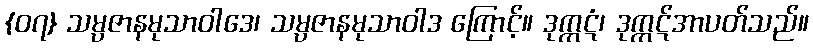
{၀၇} သမ္ပဇာနမုသာဝါဒေ၊ သမ္ပဇာနမုသာဝါဒ ကြောင့်။ ဒုက္ကဋံ၊ ဒုက္ကဋ်အာပတ်သည်။